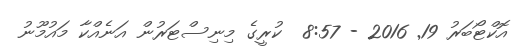
އޮކްޓޯބަރު 19